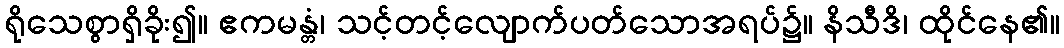
ရိုသေစွာရှိခိုး၍။ ဧကမန္တံ၊ သင့်တင့်လျောက်ပတ်သောအရပ်၌။ နိသီဒိ၊ ထိုင်နေ၏။